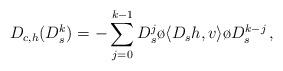
LaTeX: \begin{align*}D_{c,h}(D_s^k) = - \sum_{j=0}^{k-1} D_s^j \o \langle D_sh,v \rangle \o D_s^{k-j}\,,\end{align*}